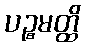
ပဉ္စမတ္ထိ